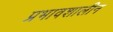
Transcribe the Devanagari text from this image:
प्रभावशालीन